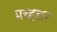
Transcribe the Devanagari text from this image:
पच्हत्तर